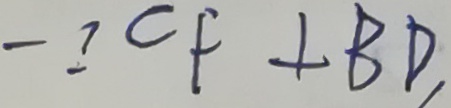
\because C F \bot B D ,